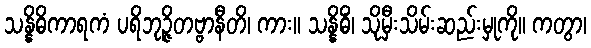
သန္နိဓိကာရကံ ပရိဘုဉ္ဇိတဗ္ဗာနီတိ၊ ကား။ သန္နိဓိံ၊ သိုမှီးသိမ်းဆည်းမှုကို။ ကတွာ၊